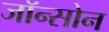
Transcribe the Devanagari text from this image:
जॉन्सोन